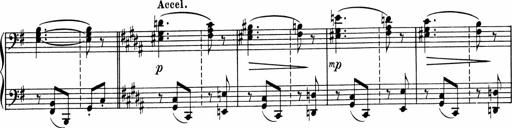
Title: Sonatine pour piano
Composer: Albert Roussel